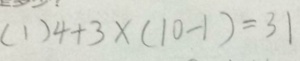
( 1 ) 4 + 3 \times ( 1 0 - 1 ) = 3 1